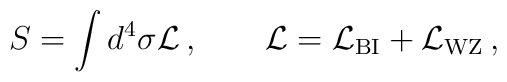
S=\int d^4 \sigma {\cal L}\,,\qquad {\cal L} ={\cal L}_{\rm BI}+{\cal L}_{\rm WZ}\,,